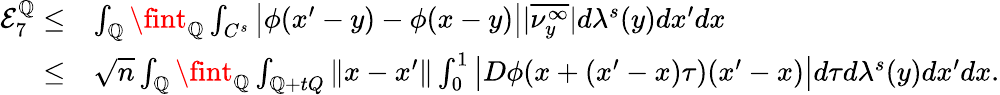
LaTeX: \begin{array}{rl}{\mathcal{E}_{7}^{\mathbb{Q}}\leq}&{\int_{\mathbb{Q}}\fint_{\mathbb{Q}}\int_{C^{s}}\big|\phi(x^{\prime}-y)-\phi(x-y)\big||\overline{{\nu_{y}^{\infty}}}|d\lambda^{s}(y)dx^{\prime}dx}\\ {\leq}&{\sqrt{n}\int_{\mathbb{Q}}\fint_{\mathbb{Q}}\int_{\mathbb{Q}+tQ}\| x-x^{\prime}\| \int_{0}^{1}\big|D\phi(x+(x^{\prime}-x)\tau)(x^{\prime}-x)\big|d\tau d\lambda^{s}(y)dx^{\prime}dx.}\end{array}